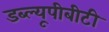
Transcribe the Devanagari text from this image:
डब्ल्यूपीबीटी